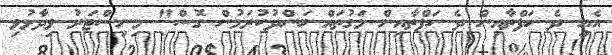
އެއީ ދެ ހަފްތާއިން ދެ ހަފްތާއިން މަގުތައް ބަންދުކުރަމުން ގޮސް" މިނިސްޓަރު ވިދާޅުވި